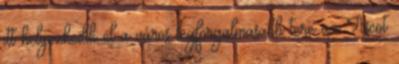
itt helyezkedik el a város legforgalmasabb tere az Ascot